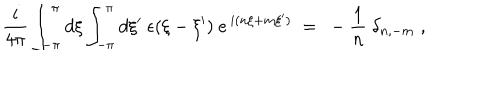
LaTeX: \frac { i } { 4 \pi } \int _ { - \pi } ^ { \pi } d \xi \int _ { - \pi } ^ { \pi } d \xi ^ { \prime } ~ \epsilon ( \xi - \xi ^ { \prime } ) ~ e ^ { \, i ( n \xi + m \xi ^ { \prime } ) } ~ = ~ - \frac { 1 } { n } ~ \delta _ { n , - m } \; , \nonumber